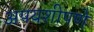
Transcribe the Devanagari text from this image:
अपयशीपणे